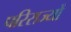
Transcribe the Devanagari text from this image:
परिराज्यों